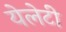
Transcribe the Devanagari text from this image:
येलेटी